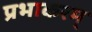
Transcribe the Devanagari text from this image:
प्रभाकरम्